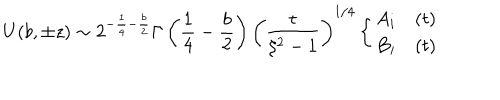
U ( b , \pm z ) \sim 2 ^ { - \frac { 1 } { 4 } - \frac { b } { 2 } } \Gamma \left( \frac { 1 } { 4 } - \frac { b } { 2 } \right) \left( \frac { t } { \xi ^ { 2 } - 1 } \right) ^ { 1 / 4 } \left\{ \begin{array} { l l } { { A _ { i } } } & { { ( t ) } } \\ { { B _ { i } } } & { { ( t ) } } \\ \end{array} \right.